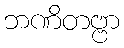
ဘဏိတဗ္ဗာ